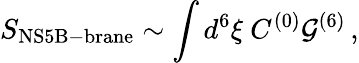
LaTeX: S_{\mathrm{NS5B-brane}}\sim\int d^{6}\xi\ C^{(0)}{\cal G}^{(6)}\, ,